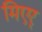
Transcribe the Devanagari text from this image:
मिएर्